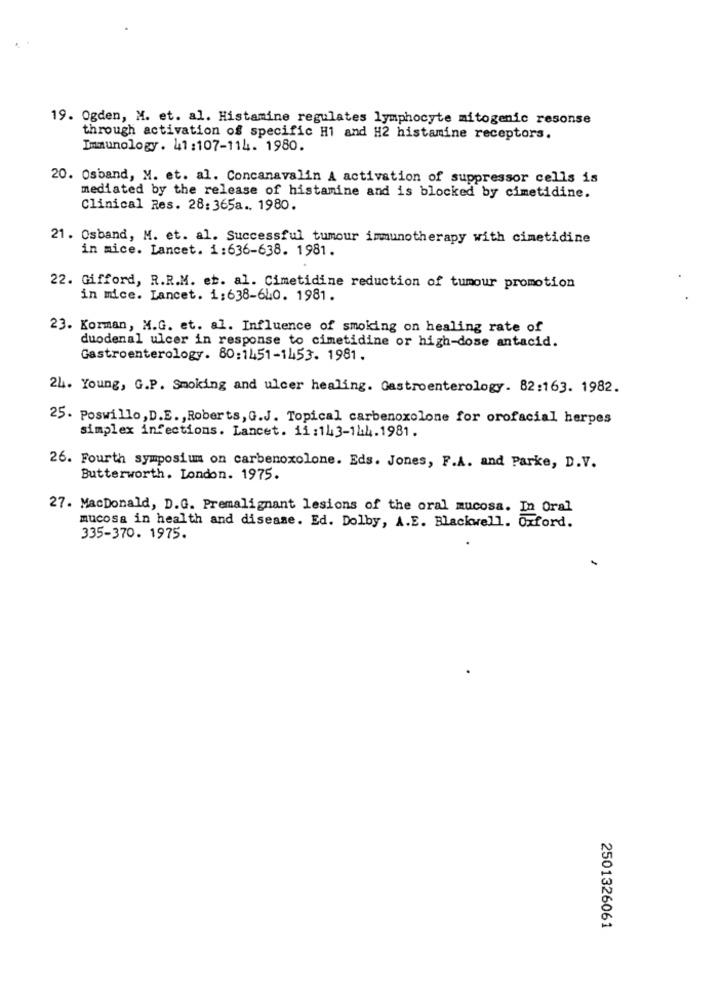
19. Ogden, M. et. al. Histamine regulates lymphocyte mitogenic resonse
through activation of specific H1 and H2 histamine receptors.
Immunology. 41:107-114. 1980.
20. Osband, M. et. al. Concanavalin A activation of suppressor cells is
mediated by the release of histamine and is blocked by cimetidine.
Clinical Res. 28: 365a .. 1980.
21. Osband, M. et. al. Successful tumour immunotherapy with cimetidine
in mice. Lancet. 1:636-638. 1981.
22. Gifford, R.R.M. et. al. Cimetidine reduction of tumour promotion
in mice. Lancet. 1:638-640. 1981.
23. Korman, M.G. et. al. Influence of smoking on healing rate of
duodenal ulcer in response to cimetidine or high-dose antacid.
Gastroenterology. 80:1451-1453. 1981.
24. Young, G.P. Smoking and ulcer healing. Gastroenterology. 82:163. 1982.
25. Poswillo, D.E ., Roberts, G.J. Topical carbenoxolone for orofacial herpes
simplex infections. Lancet. 11 :143-144.1981.
26. Fourth symposium on carbenoxolone. Eds. Jones, F.A. and Parke, D.V.
Butterworth. London. 1975.
27. MacDonald, D.G. Premalignant lesions of the oral mucosa. In Oral
mucosa in health and disease. Ed. Dolby, A.E. Blackwell. Oxford.
335-370. 1975.
2501326061